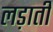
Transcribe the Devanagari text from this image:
लड़ाती